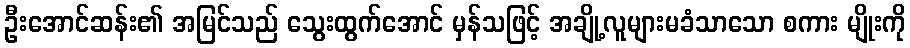
ဦးအောင်ဆန်း၏ အမြင်သည် သွေးထွက်အောင် မှန်သဖြင့် အချို့လူများမခံသာသော စကား မျိုးကို